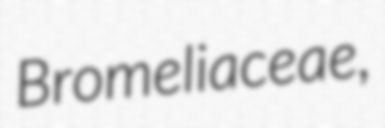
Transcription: Bromeliaceae,